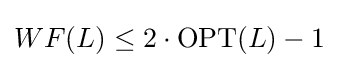
WF(L)\leq 2\cdot \mathrm {OPT} (L)-1